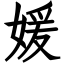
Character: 媛